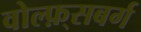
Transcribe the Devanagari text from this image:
वोल्फ़्सबर्ग